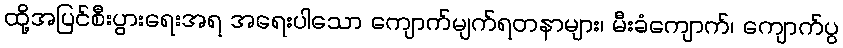
ထို့အပြင်စီးပွားရေးအရ အရေးပါသော ကျောက်မျက်ရတနာများ၊ မီးခံကျောက်၊ ကျောက်ပွ